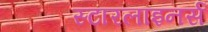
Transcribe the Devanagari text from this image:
स्टारलाइनर्स